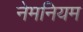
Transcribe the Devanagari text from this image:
नेमनियम